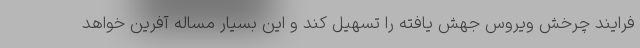
فرایند چرخش ویروس جهش یافته را تسهیل کند و این بسیار مساله آفرین خواهد